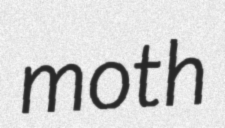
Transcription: moth